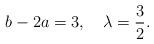
LaTeX: \begin{align*}b-2a =3, \quad \lambda =\frac{3}{2}.\end{align*}